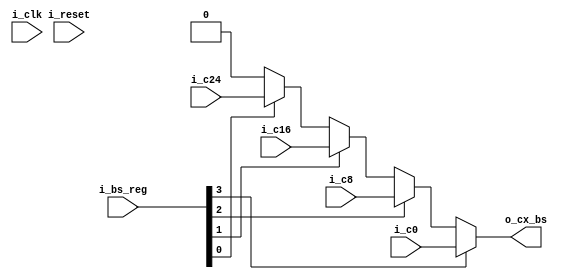
`default_nettype   none
// 2050 byte selectable carry status.
// handle computing STAT 1 for AD12 "A DCBS", used for decimal add,
// subtract, compare
// 2050 Control Field Specification
// CFC 107 - 2050 control field specification - cpu mode (ilc,tc,ry,ad)
// [pdf page 8]

module x2050cs (i_clk, i_reset,
i_bs_reg,
i_c0,
i_c8,
i_c16,
i_c24,
o_cx_bs);

input wire i_clk;
input wire i_reset;
input wire i_c0, i_c8, i_c16, i_c24;
input wire [3:0] i_bs_reg;
output wire o_cx_bs;

assign o_cx_bs = i_bs_reg[3-0] ? i_c0 :
	i_bs_reg[3-1] ? i_c8 :
	i_bs_reg[3-2] ? i_c16 :
	i_bs_reg[3-3] ? i_c24 :
	1'b0;

endmodule